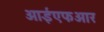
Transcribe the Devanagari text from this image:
आईएफआर